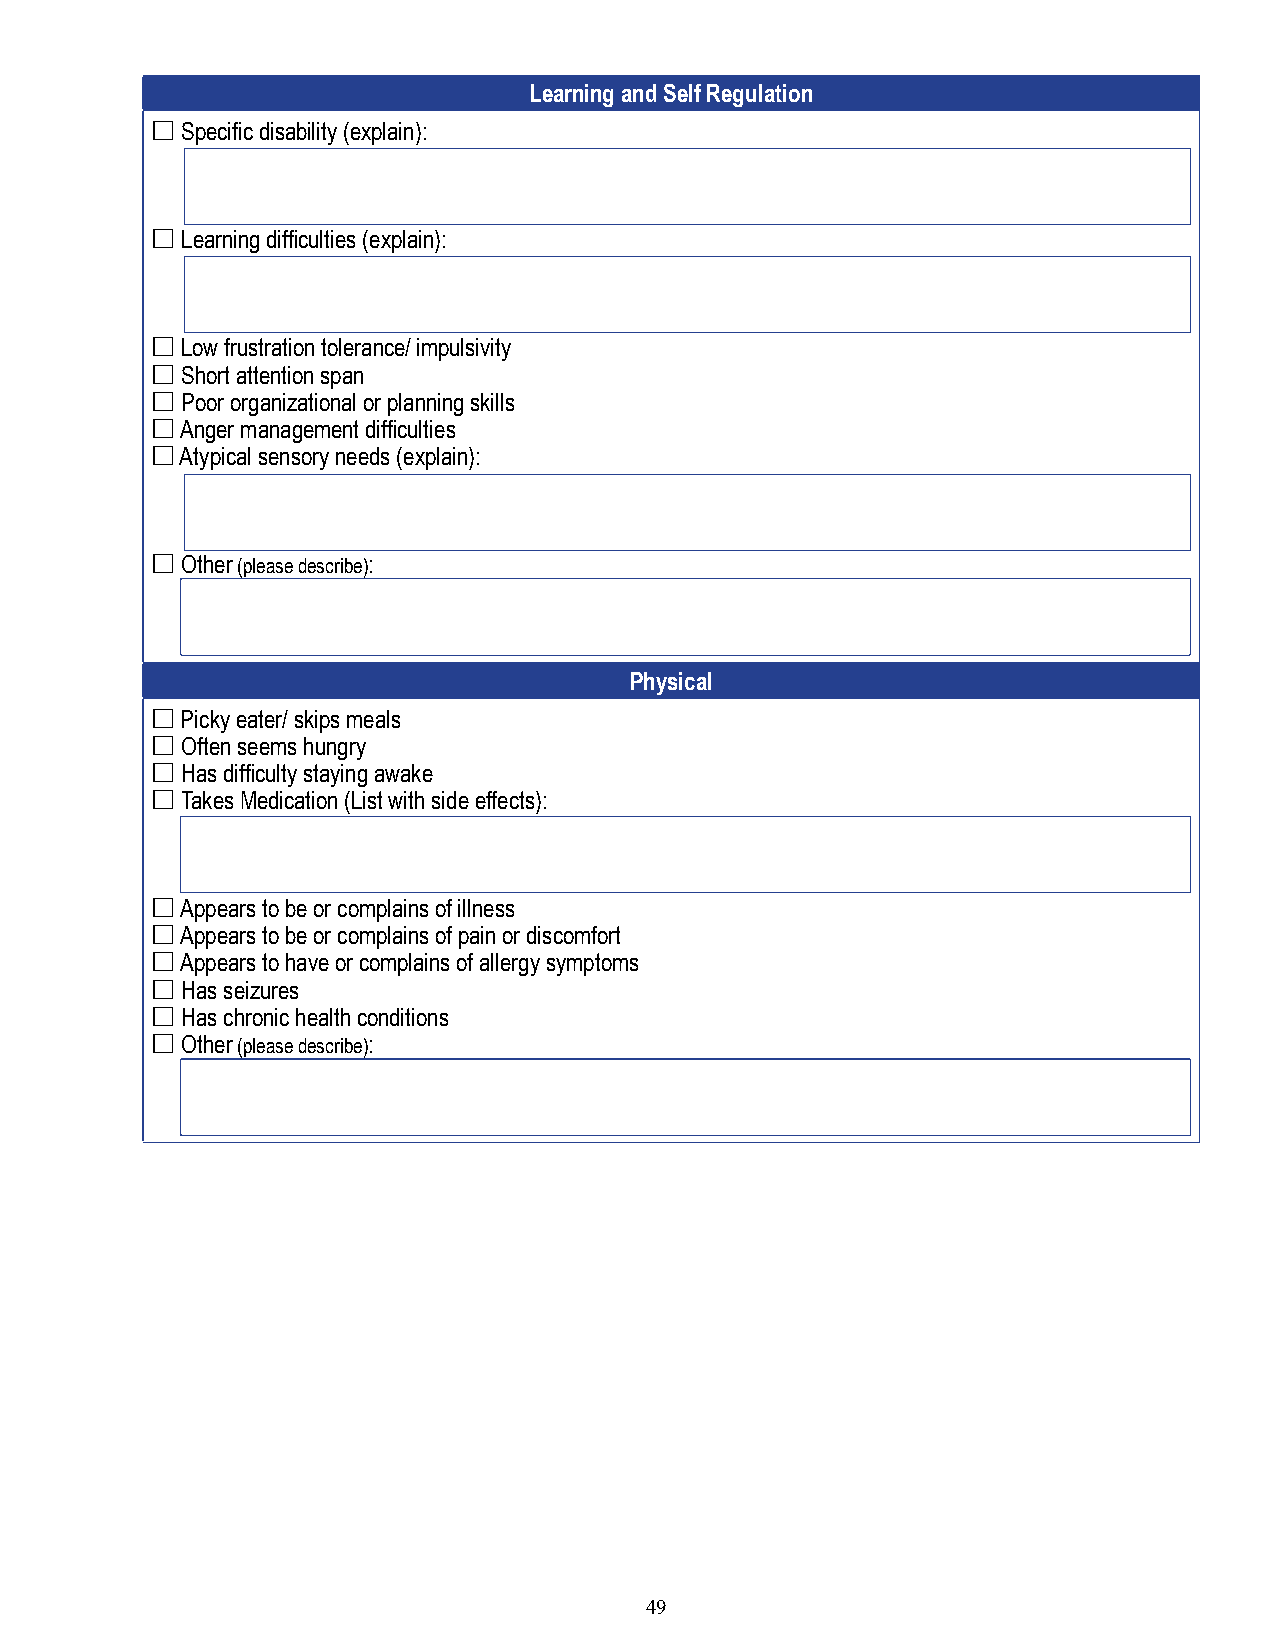
Learning and Self Regulation
 £ Specific disability (explain):
 £ Learning difficulties (explain):
 £ Low frustration tolerance/ impulsivity
 £ Short attention span
 £ Poor organizational or planning skills
 £ Anger management difficulties
 £ Atypical sensory needs (explain):
 £ Other (please describe):
 Physical
 £ Picky eater/ skips meals
 £ Often seems hungry
 £ Has difficulty staying awake
 £ Takes Medication (List with side effects):
 £ Appears to be or complains of illness
 £ Appears to be or complains of pain or discomfort
 £ Appears to have or complains of allergy symptoms
 £ Has seizures
 £ Has chronic health conditions
 £ Other (please describe):
 49